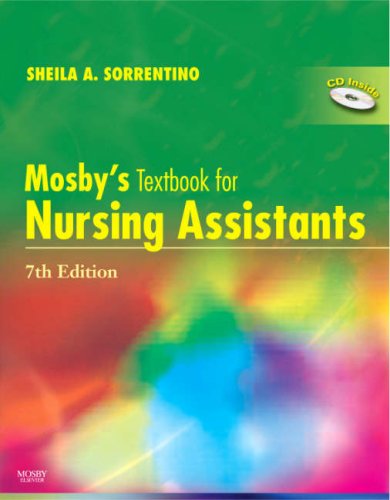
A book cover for Mosby's Textbook for Nursing Assistants, 7th Edition; Sheila A. Sorrentino PhD  RN; Medical Books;